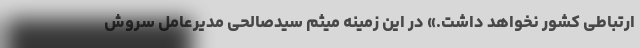
ارتباطی کشور نخواهد داشت.» در این زمینه میثم سیدصالحی مدیرعامل سروش